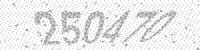
Solution: 250470